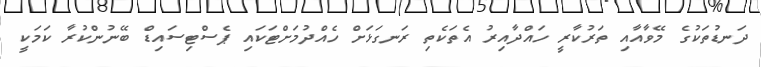
ދަނޑުތަކުގެ މޭވާއާއި ތަރުކާރީ ހައްދާއިރު އެތަކެތި ރަނގަޅަށް ހެއްދުމަށްޓަކައި ޕެސްޓިސައިޑް ބޭނުންކުރާ ކަމަކީ